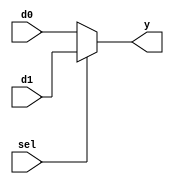
// This program was cloned from: https://github.com/RomeoMe5/DDLM
// License: MIT License

module b2_mux_2_1_sel
(
    input  [1:0] d0,
    input  [1:0] d1,
    input        sel,
    output [1:0] y
);

    assign y = sel ? d1 : d0;

endmodule

module b2_mux_4_1_sel
(
    input  [1:0] d0, d1, d2, d3,
    input  [1:0] sel,
    output [1:0] y
);

    assign y = sel [1] ? (sel [0] ? d3 : d2)
            : (sel [0] ? d1 : d0);

endmodule

//----------------------------------------------------------------------------

module b2_mux_4_1_case
(
    input      [1:0] d0, d1, d2, d3,
    input      [1:0] sel,
    output reg [1:0] y
);

    always @(*)
        case (sel)
        2'b00: y = d0;
        2'b01: y = d1;
        2'b10: y = d2;
        2'b11: y = d3;
        endcase

endmodule

module b2_mux_4_1_block
(
    input  [1:0] d0, d1, d2, d3,
    input  [1:0] sel,
    output [1:0] y
);

    wire [1:0] w01, w23;

    b2_mux_2_1_sel mux0(.d0(d0), .d1(d1), .sel(sel[0]), .y(w01));
    b2_mux_2_1_sel mux1(.d0(d2),.d1(d3), .sel(sel[0]), .y(w23));
    b2_mux_2_1_sel mux2(.d0(w01), .d1(w23), .sel(sel[1]), .y(y));

endmodule


module b1_mux_4_1_case
(
    input      d0, d1, d2, d3,
    input      [1:0] sel,
    output reg y
);

    always @(*)
        case (sel)
        2'b00: y = d0;
        2'b01: y = d1;
        2'b10: y = d2;
        2'b11: y = d3;
        endcase

endmodule

module b2_mux_4_1_block_alt
(
    input  [1:0] d0, d1, d2, d3,
    input  [1:0] sel,
    output [1:0] y
);

    b1_mux_4_1_case hi(.d0(d0[1]), .d1(d1[1]), .d2(d2[1]), .d3(d3[1]), .sel(sel), .y(y[1]));
    b1_mux_4_1_case lo(.d0(d0[0]), .d1(d1[0]), .d2(d2[0]), .d3(d3[0]), .sel(sel), .y(y[0]));

endmodule

module lab4
(
    input   [ 1:0]  KEY,
    input   [ 9:0]  SW,
    output  [ 9:0]  LEDR
);

    b2_mux_4_1_case b2_mux_4_1_case(.d0(SW[1:0]),.d1(SW[3:2]),.d2(SW[5:4]),.d3(SW[7:6]),.sel(KEY[1:0]),.y(LEDR[1:0]));
    b2_mux_4_1_sel b2_mux_4_1_sel(.d0(SW[1:0]),.d1(SW[3:2]),.d2(SW[5:4]),.d3(SW[7:6]),.sel(KEY[1:0]),.y(LEDR[3:2]));
    b2_mux_4_1_block b2_mux_4_1_block(.d0(SW[1:0]),.d1(SW[3:2]),.d2(SW[5:4]),.d3(SW[7:6]),.sel(KEY[1:0]),.y(LEDR[5:4]));
    b2_mux_4_1_block_alt b2_mux_4_1_block_alt(.d0(SW[1:0]),.d1(SW[3:2]),.d2(SW[5:4]),.d3(SW[7:6]),.sel(KEY[1:0]),.y(LEDR[7:6]));
    
endmodule